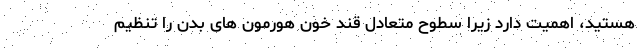
هستید، اهمیت دارد زیرا سطوح متعادل قند خون هورمون های بدن را تنظیم